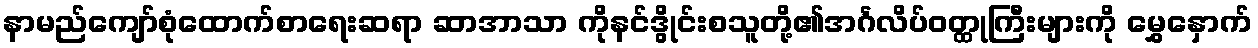
နာမည်ကျော်စုံထောက်စာရေးဆရာ ဆာအာသာ ကိုနင်ဒွိုင်းစသူတို့၏အင်္ဂလိပ်ဝတ္ထုကြီးများကို မွှေနှောက်